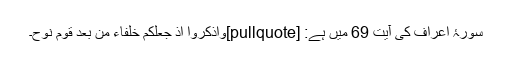
سورۂ اعراف کی آیت 69 میں ہے: [pullquote]وَاذْكُرُوا اذْ جَعَلَكُمْ خُلَفَاءَ مِنْ بَعْدِ قَوْمِ نُوحٍ۔